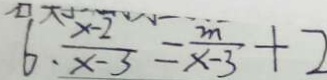
6 . \frac { x - 2 } { x - 3 } = \frac { m } { x - 3 } + 2